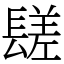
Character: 𨲠